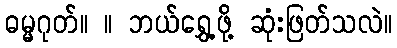
ဓမ္မဂုတ်။ ။ ဘယ်ရွှေ့ဖို့ ဆုံးဖြတ်သလဲ။